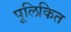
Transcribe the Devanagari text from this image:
पूलिकित